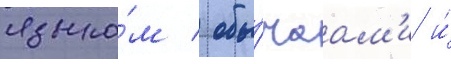
языко́м / обы́чаам'и и́